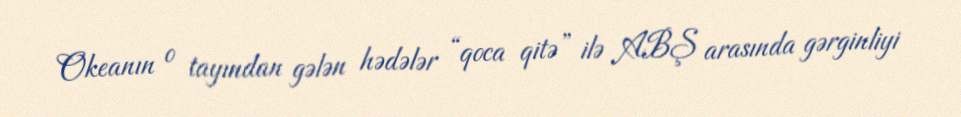
Okeanın o tayından gələn hədələr “qoca qitə” ilə ABŞ arasında gərginliyi